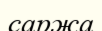
саржа